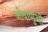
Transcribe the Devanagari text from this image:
जीवाणुओ